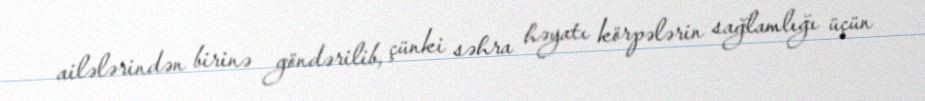
ailələrindən birinə göndərilib, çünki səhra həyatı körpələrin sağlamlığı üçün